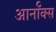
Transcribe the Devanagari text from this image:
आर्नॉक्स